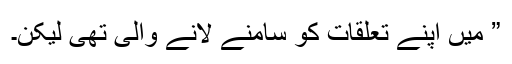
” میں اپنے تعلقات کو سامنے لانے والی تھی لیکن۔